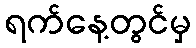
ရက်နေ့တွင်မှ